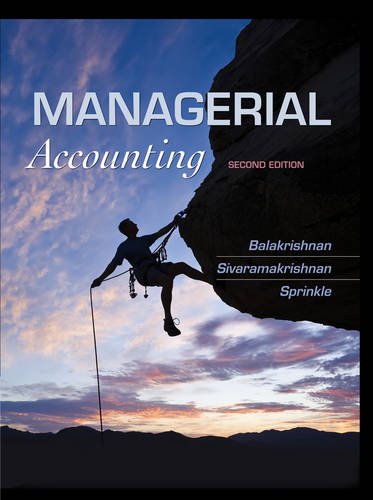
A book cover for Managerial Accounting; Ramji Balakrishnan; Business & Money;